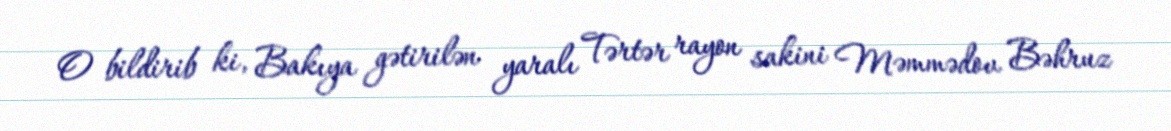
O bildirib ki, Bakıya gətirilən yaralı Tərtər rayon sakini Məmmədov Bəhruz